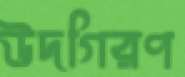
উদগিরণ